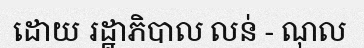
ដោយ រដ្ឋាភិបាល លន់ - ណុល